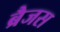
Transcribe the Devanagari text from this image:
ब्रैजस